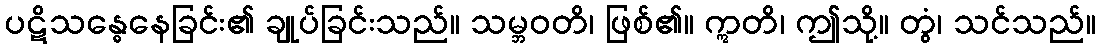
ပဋိသန္ဓေနေခြင်း၏ ချုပ်ခြင်းသည်။ သမ္ဘဝတိ၊ ဖြစ်၏။ ဣတိ၊ ဤသို့။ တွံ၊ သင်သည်။